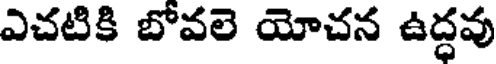
ఎచటికి బోవలె యోచన ఉద్ధవు